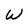
Character: W